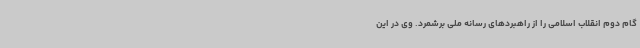
گام دوم انقلاب اسلامی را از راهبردهای رسانه ملی برشمرد. وی در این